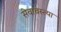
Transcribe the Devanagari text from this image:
सेवावस्त्या